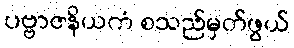
ပဗ္ဗာဇနိယကံ စသည်မှတ်ဖွယ်